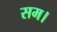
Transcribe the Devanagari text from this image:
सम।